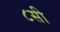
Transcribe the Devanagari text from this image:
८सी